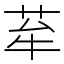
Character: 𦭷